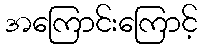
အကြောင်းကြောင့်